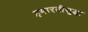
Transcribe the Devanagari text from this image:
इमारतीसुद्धा